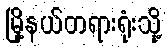
မြို့နယ်တရားရုံးသို့